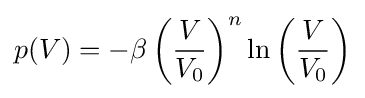
p(V)=-\beta \left({\frac {V}{V_{0}}}\right)^{n}\ln \left({\frac {V}{V_{0}}}\right)